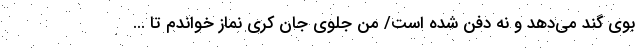
بوی گند می‌دهد و نه دفن شده است/ من جلوی جان کری نماز خواندم تا ...